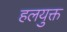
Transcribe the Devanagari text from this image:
हलयुक्त